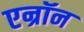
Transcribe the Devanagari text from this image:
एन्रॉन